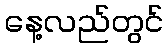
နေ့လည်တွင်